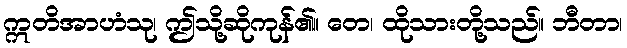
ဣတိအာဟံသု၊ ဤသို့ဆိုကုန်၏။ တေ၊ ထိုသားတို့သည်။ ဘီတာ၊